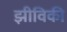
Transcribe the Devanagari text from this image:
झीविकी